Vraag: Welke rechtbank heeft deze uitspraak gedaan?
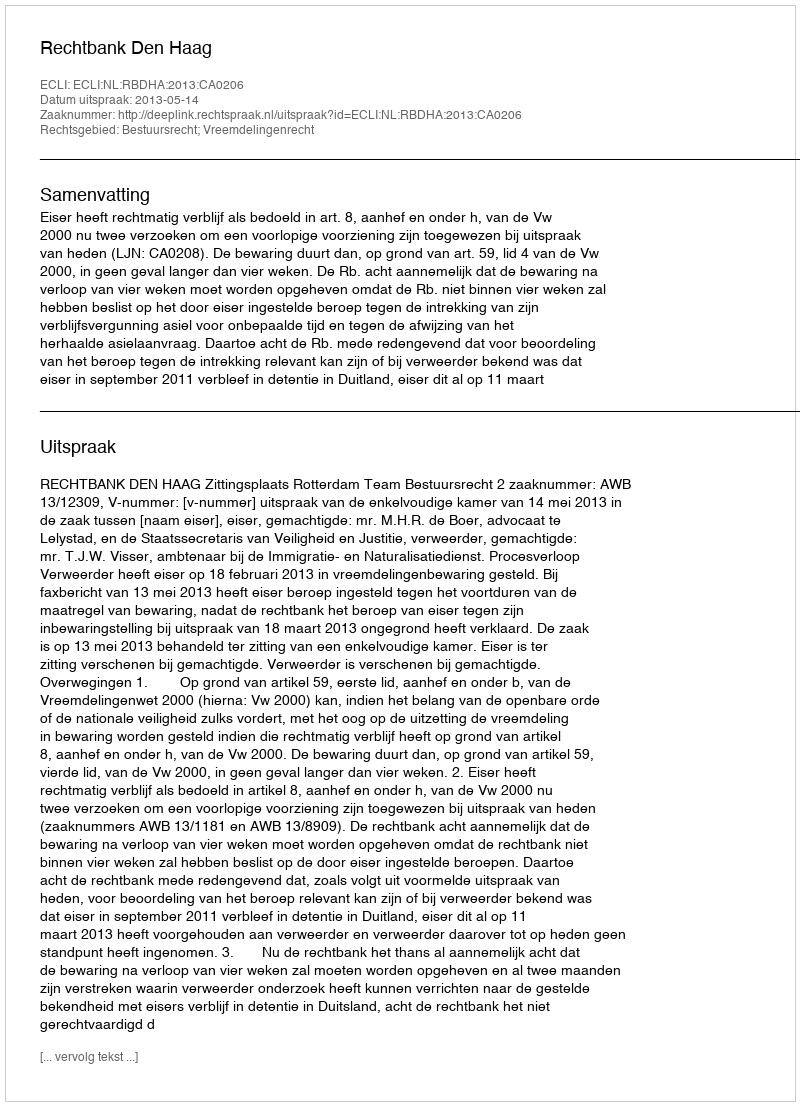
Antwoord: Rechtbank Den Haag